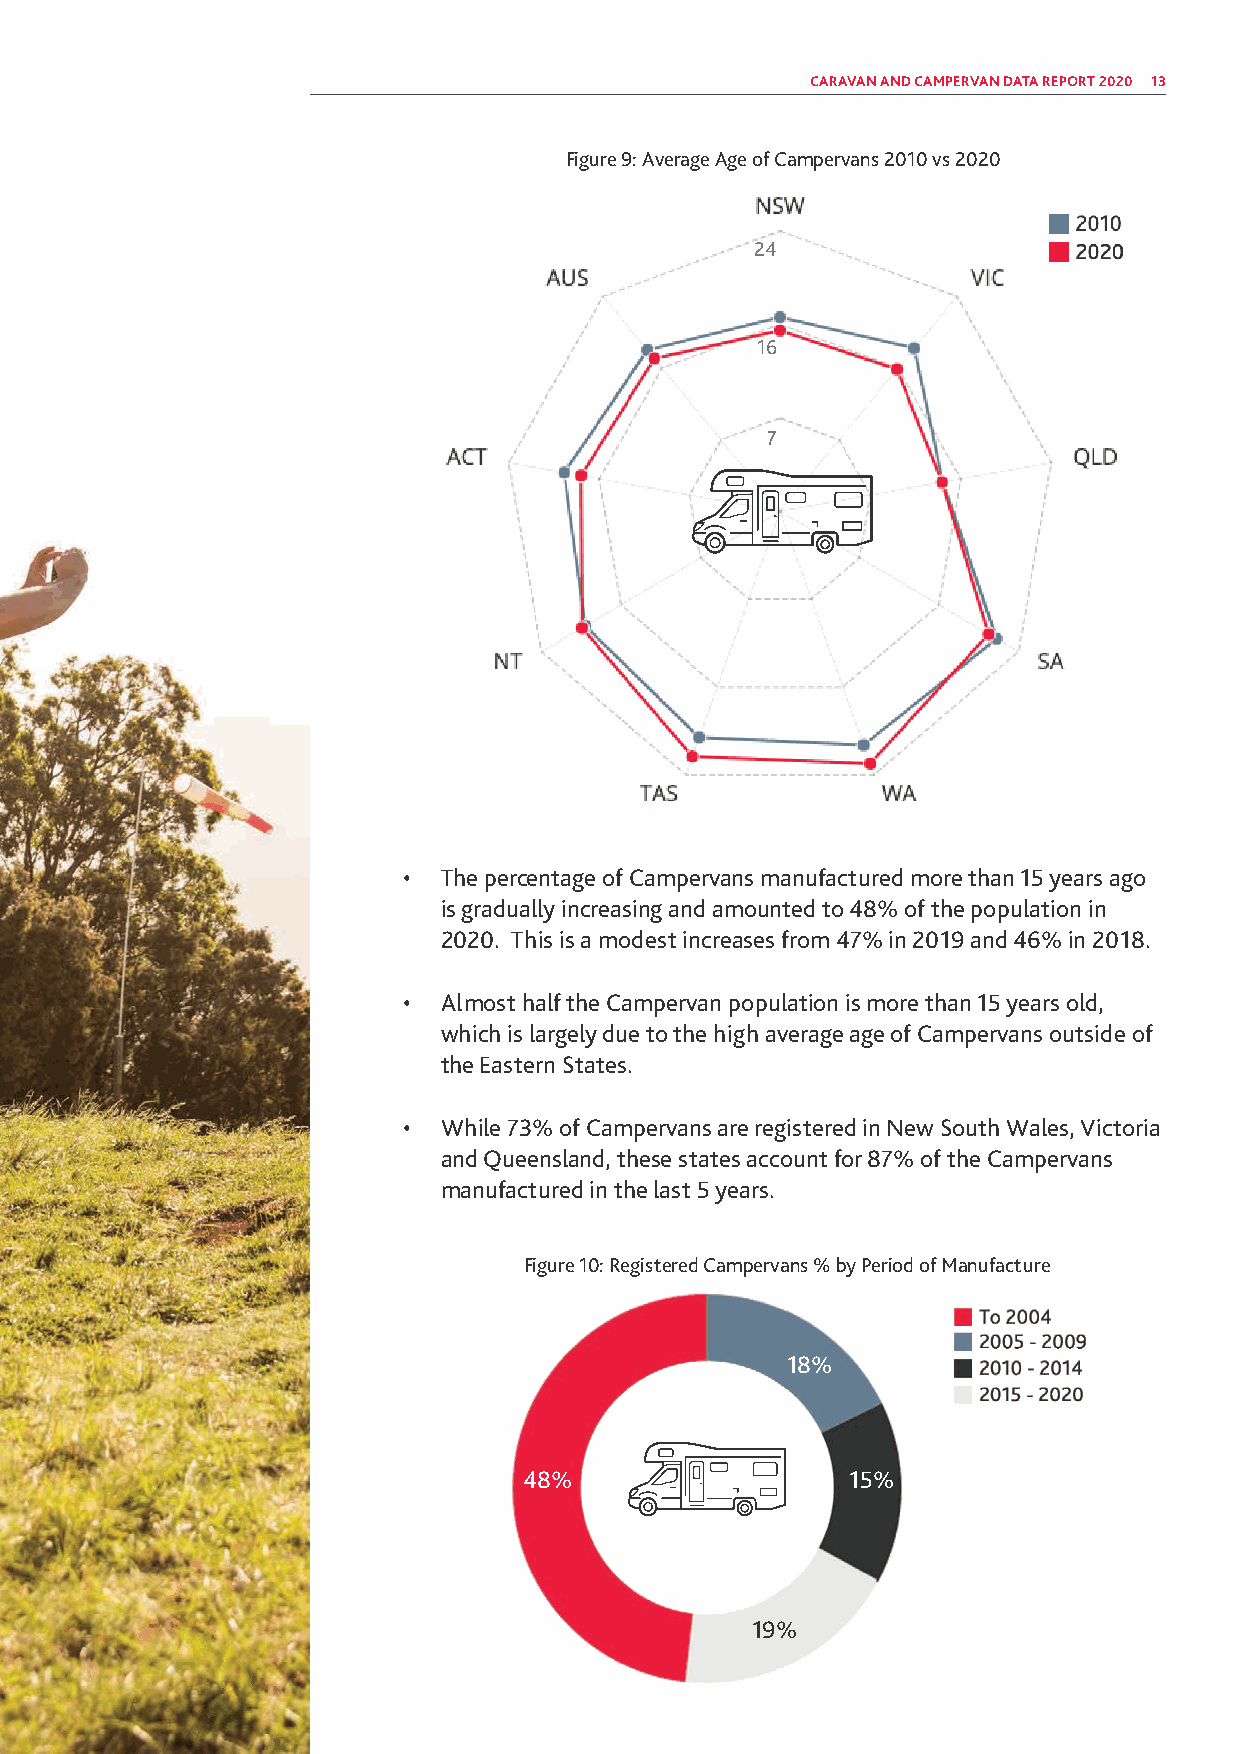
CARAVAN AND CAMPERVAN DATA REPORT 2020 13
 Figure 9: Average Age of Campervans 2010 vs 2020
 24
 16
 7
 • The percentage of Campervans manufactured more than 15 years ago
 is gradually increasing and amounted to 48% of the population in
 2020. This is a modest increases from 47% in 2019 and 46% in 2018.
 • Almost half the Campervan population is more than 15 years old,
 which is largely due to the high average age of Campervans outside of
 the Eastern States.
 • While 73% of Campervans are registered in New South Wales, Victoria
 and Queensland, these states account for 87% of the Campervans
 manufactured in the last 5 years.
 Figure 10: Registered Campervans % by Period of Manufacture
 18%
 48%                  15%
 19%